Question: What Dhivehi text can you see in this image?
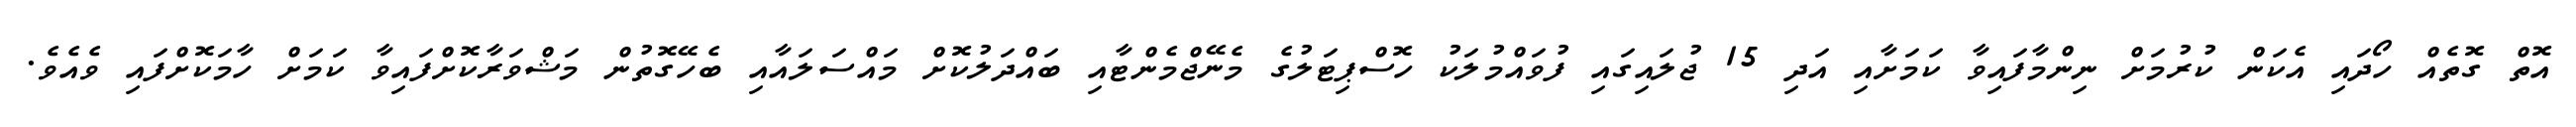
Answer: އޮތް ގޮތެއް ހޯދައި އެކަން ކުރުމަށް ނިންމާފައިވާ ކަމަށާއި އަދި 15 ޖުލައިގައި ފުވައްމުލަކު ހޮސްޕިޓަލުގެ މެނޭޖްމެންޓާއި ބައްދަލުކޮށް މައްސަލައާއި ބެހޭގޮތުން މަޝްވަރާކޮށްފައިވާ ކަމަށް ހާމަކޮށްފައި ވެއެވެ.